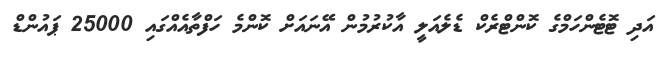
އަދި ޓޮޓެންހަމްގެ ކޮންޓްރެކް ޑެލެއަލީ އާކުރުމުން އޭނައަށް ކޮންމެ ހަފްތާއެއްގައި 25000 ޕައުންޑް